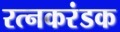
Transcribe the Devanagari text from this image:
रत्नकरंडक